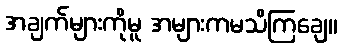
အချက်များကိုမူ အများကမသိကြချေ။